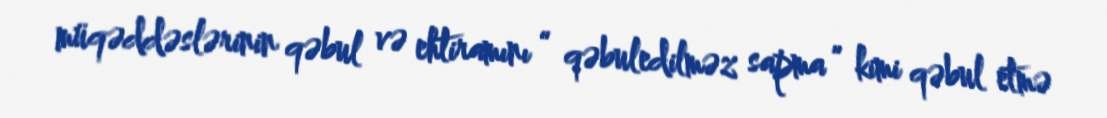
müqəddəslərinin qəbul və ehtiramını “ qəbuledilməz sapma ” kimi qəbul etmə